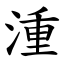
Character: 湩